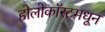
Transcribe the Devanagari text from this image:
होलोकॉस्टमधून